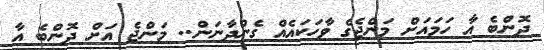
ދޮންބެ އާ ހަމައަށް މަންޖެގެ ވާހަކައެއް ގެންދާނަން.. މަންޖެ އަށް ދޮންބެ އާ